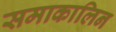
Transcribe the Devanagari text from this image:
समाकालिन